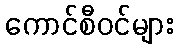
ကောင်စီဝင်များ